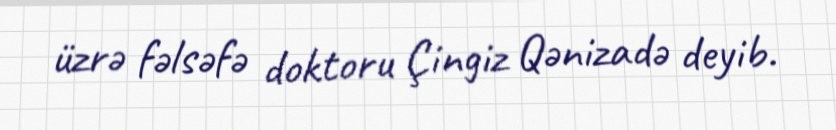
üzrə fəlsəfə doktoru Çingiz Qənizadə deyib.